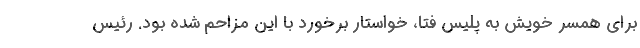
برای همسر خویش به پلیس فتا، خواستار برخورد با این مزاحم شده بود. رئیس